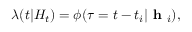
\lambda ( t | H _ { t } ) = \phi ( \tau = t - t _ { i } | \textbf { h } _ { i } ) ,